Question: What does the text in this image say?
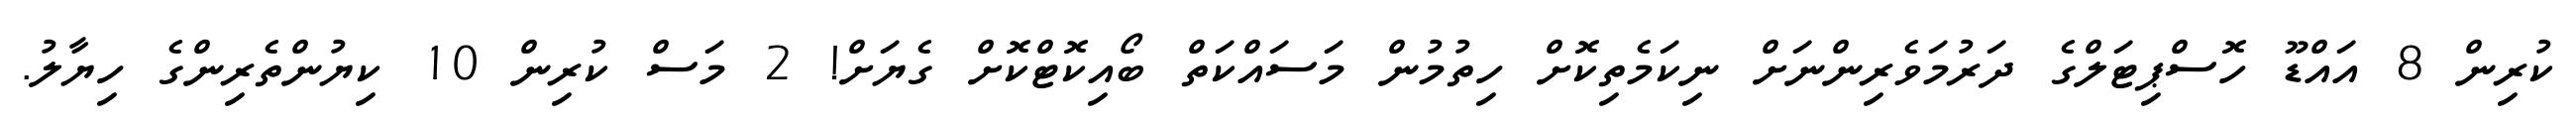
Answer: ކުރިން 8 އައްޑޫ ހޮސްޕިޓަލްގެ ދަރުމަވެރިންނަށް ނިކަމެތިކޮށް ހިތުމުން މަސައްކަތް ބޯއިކޮޓްކޮށް ގެޔަށް! 2 މަސް ކުރިން 10 ކިޔުންތެރިންގެ ހިޔާލު.